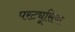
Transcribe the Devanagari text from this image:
परट्यूसिया